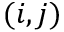
( i , j )